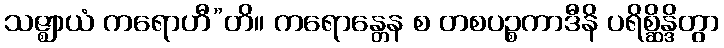
သဇ္ဈာယံ ကရောဟီ”တိ။ ကရောန္တေန စ တစပဉ္စကာဒီနိ ပရိစ္ဆိန္ဒိတွာ